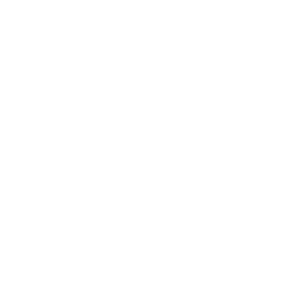
SMILES: [Na+].c1ccc([SH+][GeH2+]2[SH+]c3ccccc3[SH+]2)c([SH+][GeH2+]2[SH+]c3ccccc3[SH+]2)c1
Inhibits HIV replication: No